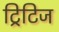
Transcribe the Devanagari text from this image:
ट्रिटिज